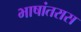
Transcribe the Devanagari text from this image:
भाषांतरास